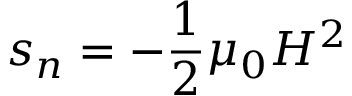
s _ { n } = - \frac { 1 } { 2 } \mu _ { 0 } H ^ { 2 }